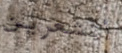
أتشعرين